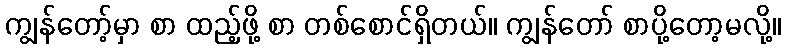
ကျွန်တော့်မှာ စာ ထည့်ဖို့ စာ တစ်စောင်ရှိတယ်။ ကျွန်တော် စာပို့တော့မလို့။